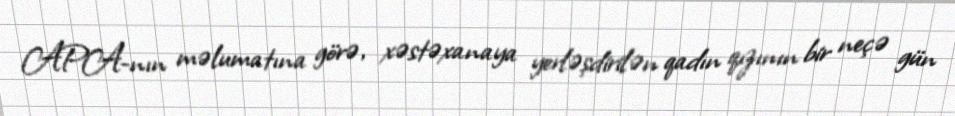
APA-nın məlumatına görə, xəstəxanaya yerləşdirilən qadın qızının bir neçə gün